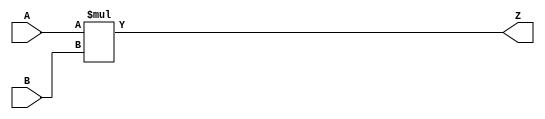
// Copyright 2020-2022 F4PGA Authors
//
// Licensed under the Apache License, Version 2.0 (the "License");
// you may not use this file except in compliance with the License.
// You may obtain a copy of the License at
//
//     http://www.apache.org/licenses/LICENSE-2.0
//
// Unless required by applicable law or agreed to in writing, software
// distributed under the License is distributed on an "AS IS" BASIS,
// WITHOUT WARRANTIES OR CONDITIONS OF ANY KIND, either express or implied.
// See the License for the specific language governing permissions and
// limitations under the License.
//
// SPDX-License-Identifier: Apache-2.0

module mult_16x16 (
    input  wire [15:0] A,
    input  wire [15:0] B,
    output wire [31:0] Z
);

    assign Z = A * B;

endmodule

module mult_20x18 (
    input  wire [19:0] A,
    input  wire [17:0] B,
    output wire [37:0] Z
);

    assign Z = A * B;

endmodule

module mult_8x8 (
    input  wire [ 7:0] A,
    input  wire [ 7:0] B,
    output wire [15:0] Z
);

    assign Z = A * B;

endmodule

module mult_10x9 (
    input  wire [ 9:0] A,
    input  wire [ 8:0] B,
    output wire [18:0] Z
);

    assign Z = A * B;

endmodule

module mult_8x8_s (
    input  wire signed [ 7:0] A,
    input  wire signed [ 7:0] B,
    output wire signed [15:0] Z
);

    assign Z = A * B;

endmodule